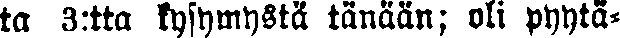
ta 3:tta kysymystä tänään; oli pyytä-